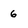
Character: 6